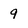
Character: 9